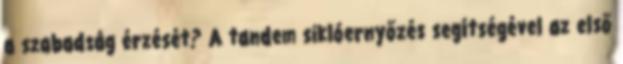
a szabadság érzését? A tandem siklóernyőzés segítségével az első